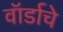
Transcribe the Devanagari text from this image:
वॉर्डाचे